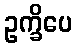
ဥက္ခိပေ